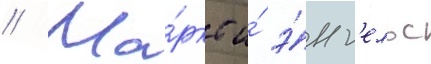
// Ма́ркс и́ э́нг'ельс